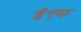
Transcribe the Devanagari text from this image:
हैंएक